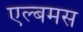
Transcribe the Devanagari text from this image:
एल्बमस